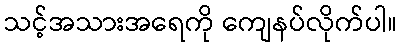
သင့်အသားအရေကို ကျေနပ်လိုက်ပါ။